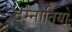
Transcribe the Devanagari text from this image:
दम्नातियो